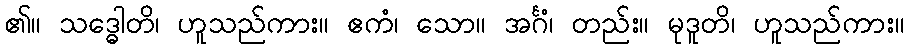
၏။ သဒ္ဓေါတိ၊ ဟူသည်ကား။ ဧကံ၊ သော။ အင်္ဂံ၊ တည်း။ မုဒူတိ၊ ဟူသည်ကား။